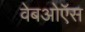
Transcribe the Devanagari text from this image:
वेबओऍस